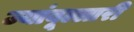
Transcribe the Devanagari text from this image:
ज्यांबूल्लारी